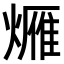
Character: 𤏚